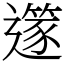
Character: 𨗹